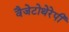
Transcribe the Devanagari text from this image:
वैजेटोथेरेपी